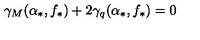
\gamma _ { M } ( \alpha _ { * } , f _ { * } ) + 2 \gamma _ { q } ( \alpha _ { * } , f _ { * } ) = 0